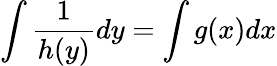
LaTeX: \int\frac{1}{h(y)}dy=\int g(x)dx